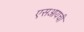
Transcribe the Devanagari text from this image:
एसआयची